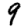
Digit: 9